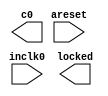
// megafunction wizard: %ALTPLL%VBB%
// GENERATION: STANDARD
// VERSION: WM1.0
// MODULE: altpll 

// ============================================================
// Megafunction Name(s):
// 			altpll
//
// Simulation Library Files(s):
// 			altera_mf
// ============================================================
// ************************************************************
// THIS IS A WIZARD-GENERATED FILE. DO NOT EDIT THIS FILE!
//
// 14.1.1 Build 188 01/07/2015 SJ Full Version
// ************************************************************

//Copyright (C) 1991-2015 Altera Corporation. All rights reserved.
//Your use of Altera Corporation's design tools, logic functions 
//and other software and tools, and its AMPP partner logic 
//functions, and any output files from any of the foregoing 
//(including device programming or simulation files), and any 
//associated documentation or information are expressly subject 
//to the terms and conditions of the Altera Program License 
//Subscription Agreement, the Altera Quartus II License Agreement,
//the Altera MegaCore Function License Agreement, or other 
//applicable license agreement, including, without limitation, 
//that your use is for the sole purpose of programming logic 
//devices manufactured by Altera and sold by Altera or its 
//authorized distributors.  Please refer to the applicable 
//agreement for further details.

module sys_pll (
	areset,
	inclk0,
	c0,
	locked);

	input	  areset;
	input	  inclk0;
	output	  c0;
	output	  locked;
`ifndef ALTERA_RESERVED_QIS
// synopsys translate_off
`endif
	tri0	  areset;
`ifndef ALTERA_RESERVED_QIS
// synopsys translate_on
`endif

endmodule

// ============================================================
// CNX file retrieval info
// ============================================================
// Retrieval info: PRIVATE: ACTIVECLK_CHECK STRING "0"
// Retrieval info: PRIVATE: BANDWIDTH STRING "1.000"
// Retrieval info: PRIVATE: BANDWIDTH_FEATURE_ENABLED STRING "1"
// Retrieval info: PRIVATE: BANDWIDTH_FREQ_UNIT STRING "MHz"
// Retrieval info: PRIVATE: BANDWIDTH_PRESET STRING "Low"
// Retrieval info: PRIVATE: BANDWIDTH_USE_AUTO STRING "1"
// Retrieval info: PRIVATE: BANDWIDTH_USE_PRESET STRING "0"
// Retrieval info: PRIVATE: CLKBAD_SWITCHOVER_CHECK STRING "0"
// Retrieval info: PRIVATE: CLKLOSS_CHECK STRING "0"
// Retrieval info: PRIVATE: CLKSWITCH_CHECK STRING "0"
// Retrieval info: PRIVATE: CNX_NO_COMPENSATE_RADIO STRING "0"
// Retrieval info: PRIVATE: CREATE_CLKBAD_CHECK STRING "0"
// Retrieval info: PRIVATE: CREATE_INCLK1_CHECK STRING "0"
// Retrieval info: PRIVATE: CUR_DEDICATED_CLK STRING "c0"
// Retrieval info: PRIVATE: CUR_FBIN_CLK STRING "c0"
// Retrieval info: PRIVATE: DEVICE_SPEED_GRADE STRING "Any"
// Retrieval info: PRIVATE: DIV_FACTOR0 NUMERIC "1"
// Retrieval info: PRIVATE: DUTY_CYCLE0 STRING "50.00000000"
// Retrieval info: PRIVATE: EFF_OUTPUT_FREQ_VALUE0 STRING "1.536000"
// Retrieval info: PRIVATE: EXPLICIT_SWITCHOVER_COUNTER STRING "0"
// Retrieval info: PRIVATE: EXT_FEEDBACK_RADIO STRING "0"
// Retrieval info: PRIVATE: GLOCKED_COUNTER_EDIT_CHANGED STRING "1"
// Retrieval info: PRIVATE: GLOCKED_FEATURE_ENABLED STRING "0"
// Retrieval info: PRIVATE: GLOCKED_MODE_CHECK STRING "0"
// Retrieval info: PRIVATE: GLOCK_COUNTER_EDIT NUMERIC "1048575"
// Retrieval info: PRIVATE: HAS_MANUAL_SWITCHOVER STRING "1"
// Retrieval info: PRIVATE: INCLK0_FREQ_EDIT STRING "50.000"
// Retrieval info: PRIVATE: INCLK0_FREQ_UNIT_COMBO STRING "MHz"
// Retrieval info: PRIVATE: INCLK1_FREQ_EDIT STRING "100.000"
// Retrieval info: PRIVATE: INCLK1_FREQ_EDIT_CHANGED STRING "1"
// Retrieval info: PRIVATE: INCLK1_FREQ_UNIT_CHANGED STRING "1"
// Retrieval info: PRIVATE: INCLK1_FREQ_UNIT_COMBO STRING "MHz"
// Retrieval info: PRIVATE: INTENDED_DEVICE_FAMILY STRING "MAX 10"
// Retrieval info: PRIVATE: INT_FEEDBACK__MODE_RADIO STRING "1"
// Retrieval info: PRIVATE: LOCKED_OUTPUT_CHECK STRING "1"
// Retrieval info: PRIVATE: LONG_SCAN_RADIO STRING "1"
// Retrieval info: PRIVATE: LVDS_MODE_DATA_RATE STRING "Not Available"
// Retrieval info: PRIVATE: LVDS_MODE_DATA_RATE_DIRTY NUMERIC "0"
// Retrieval info: PRIVATE: LVDS_PHASE_SHIFT_UNIT0 STRING "deg"
// Retrieval info: PRIVATE: MIG_DEVICE_SPEED_GRADE STRING "Any"
// Retrieval info: PRIVATE: MIRROR_CLK0 STRING "0"
// Retrieval info: PRIVATE: MULT_FACTOR0 NUMERIC "1"
// Retrieval info: PRIVATE: NORMAL_MODE_RADIO STRING "1"
// Retrieval info: PRIVATE: OUTPUT_FREQ0 STRING "1.53600000"
// Retrieval info: PRIVATE: OUTPUT_FREQ_MODE0 STRING "1"
// Retrieval info: PRIVATE: OUTPUT_FREQ_UNIT0 STRING "MHz"
// Retrieval info: PRIVATE: PHASE_RECONFIG_FEATURE_ENABLED STRING "1"
// Retrieval info: PRIVATE: PHASE_RECONFIG_INPUTS_CHECK STRING "0"
// Retrieval info: PRIVATE: PHASE_SHIFT0 STRING "0.00000000"
// Retrieval info: PRIVATE: PHASE_SHIFT_STEP_ENABLED_CHECK STRING "0"
// Retrieval info: PRIVATE: PHASE_SHIFT_UNIT0 STRING "deg"
// Retrieval info: PRIVATE: PLL_ADVANCED_PARAM_CHECK STRING "0"
// Retrieval info: PRIVATE: PLL_ARESET_CHECK STRING "1"
// Retrieval info: PRIVATE: PLL_AUTOPLL_CHECK NUMERIC "1"
// Retrieval info: PRIVATE: PLL_ENHPLL_CHECK NUMERIC "0"
// Retrieval info: PRIVATE: PLL_FASTPLL_CHECK NUMERIC "0"
// Retrieval info: PRIVATE: PLL_FBMIMIC_CHECK STRING "0"
// Retrieval info: PRIVATE: PLL_LVDS_PLL_CHECK NUMERIC "0"
// Retrieval info: PRIVATE: PLL_PFDENA_CHECK STRING "0"
// Retrieval info: PRIVATE: PLL_TARGET_HARCOPY_CHECK NUMERIC "0"
// Retrieval info: PRIVATE: PRIMARY_CLK_COMBO STRING "inclk0"
// Retrieval info: PRIVATE: RECONFIG_FILE STRING "sys_pll.mif"
// Retrieval info: PRIVATE: SACN_INPUTS_CHECK STRING "0"
// Retrieval info: PRIVATE: SCAN_FEATURE_ENABLED STRING "1"
// Retrieval info: PRIVATE: SELF_RESET_LOCK_LOSS STRING "0"
// Retrieval info: PRIVATE: SHORT_SCAN_RADIO STRING "0"
// Retrieval info: PRIVATE: SPREAD_FEATURE_ENABLED STRING "0"
// Retrieval info: PRIVATE: SPREAD_FREQ STRING "50.000"
// Retrieval info: PRIVATE: SPREAD_FREQ_UNIT STRING "KHz"
// Retrieval info: PRIVATE: SPREAD_PERCENT STRING "0.500"
// Retrieval info: PRIVATE: SPREAD_USE STRING "0"
// Retrieval info: PRIVATE: SRC_SYNCH_COMP_RADIO STRING "0"
// Retrieval info: PRIVATE: STICKY_CLK0 STRING "1"
// Retrieval info: PRIVATE: SWITCHOVER_COUNT_EDIT NUMERIC "1"
// Retrieval info: PRIVATE: SWITCHOVER_FEATURE_ENABLED STRING "1"
// Retrieval info: PRIVATE: SYNTH_WRAPPER_GEN_POSTFIX STRING "0"
// Retrieval info: PRIVATE: USE_CLK0 STRING "1"
// Retrieval info: PRIVATE: USE_CLKENA0 STRING "0"
// Retrieval info: PRIVATE: USE_MIL_SPEED_GRADE NUMERIC "0"
// Retrieval info: PRIVATE: ZERO_DELAY_RADIO STRING "0"
// Retrieval info: LIBRARY: altera_mf altera_mf.altera_mf_components.all
// Retrieval info: CONSTANT: BANDWIDTH_TYPE STRING "AUTO"
// Retrieval info: CONSTANT: CLK0_DIVIDE_BY NUMERIC "3125"
// Retrieval info: CONSTANT: CLK0_DUTY_CYCLE NUMERIC "50"
// Retrieval info: CONSTANT: CLK0_MULTIPLY_BY NUMERIC "96"
// Retrieval info: CONSTANT: CLK0_PHASE_SHIFT STRING "0"
// Retrieval info: CONSTANT: COMPENSATE_CLOCK STRING "CLK0"
// Retrieval info: CONSTANT: INCLK0_INPUT_FREQUENCY NUMERIC "20000"
// Retrieval info: CONSTANT: INTENDED_DEVICE_FAMILY STRING "MAX 10"
// Retrieval info: CONSTANT: LPM_TYPE STRING "altpll"
// Retrieval info: CONSTANT: OPERATION_MODE STRING "NORMAL"
// Retrieval info: CONSTANT: PLL_TYPE STRING "AUTO"
// Retrieval info: CONSTANT: PORT_ACTIVECLOCK STRING "PORT_UNUSED"
// Retrieval info: CONSTANT: PORT_ARESET STRING "PORT_USED"
// Retrieval info: CONSTANT: PORT_CLKBAD0 STRING "PORT_UNUSED"
// Retrieval info: CONSTANT: PORT_CLKBAD1 STRING "PORT_UNUSED"
// Retrieval info: CONSTANT: PORT_CLKLOSS STRING "PORT_UNUSED"
// Retrieval info: CONSTANT: PORT_CLKSWITCH STRING "PORT_UNUSED"
// Retrieval info: CONSTANT: PORT_CONFIGUPDATE STRING "PORT_UNUSED"
// Retrieval info: CONSTANT: PORT_FBIN STRING "PORT_UNUSED"
// Retrieval info: CONSTANT: PORT_INCLK0 STRING "PORT_USED"
// Retrieval info: CONSTANT: PORT_INCLK1 STRING "PORT_UNUSED"
// Retrieval info: CONSTANT: PORT_LOCKED STRING "PORT_USED"
// Retrieval info: CONSTANT: PORT_PFDENA STRING "PORT_UNUSED"
// Retrieval info: CONSTANT: PORT_PHASECOUNTERSELECT STRING "PORT_UNUSED"
// Retrieval info: CONSTANT: PORT_PHASEDONE STRING "PORT_UNUSED"
// Retrieval info: CONSTANT: PORT_PHASESTEP STRING "PORT_UNUSED"
// Retrieval info: CONSTANT: PORT_PHASEUPDOWN STRING "PORT_UNUSED"
// Retrieval info: CONSTANT: PORT_PLLENA STRING "PORT_UNUSED"
// Retrieval info: CONSTANT: PORT_SCANACLR STRING "PORT_UNUSED"
// Retrieval info: CONSTANT: PORT_SCANCLK STRING "PORT_UNUSED"
// Retrieval info: CONSTANT: PORT_SCANCLKENA STRING "PORT_UNUSED"
// Retrieval info: CONSTANT: PORT_SCANDATA STRING "PORT_UNUSED"
// Retrieval info: CONSTANT: PORT_SCANDATAOUT STRING "PORT_UNUSED"
// Retrieval info: CONSTANT: PORT_SCANDONE STRING "PORT_UNUSED"
// Retrieval info: CONSTANT: PORT_SCANREAD STRING "PORT_UNUSED"
// Retrieval info: CONSTANT: PORT_SCANWRITE STRING "PORT_UNUSED"
// Retrieval info: CONSTANT: PORT_clk0 STRING "PORT_USED"
// Retrieval info: CONSTANT: PORT_clk1 STRING "PORT_UNUSED"
// Retrieval info: CONSTANT: PORT_clk2 STRING "PORT_UNUSED"
// Retrieval info: CONSTANT: PORT_clk3 STRING "PORT_UNUSED"
// Retrieval info: CONSTANT: PORT_clk4 STRING "PORT_UNUSED"
// Retrieval info: CONSTANT: PORT_clk5 STRING "PORT_UNUSED"
// Retrieval info: CONSTANT: PORT_clkena0 STRING "PORT_UNUSED"
// Retrieval info: CONSTANT: PORT_clkena1 STRING "PORT_UNUSED"
// Retrieval info: CONSTANT: PORT_clkena2 STRING "PORT_UNUSED"
// Retrieval info: CONSTANT: PORT_clkena3 STRING "PORT_UNUSED"
// Retrieval info: CONSTANT: PORT_clkena4 STRING "PORT_UNUSED"
// Retrieval info: CONSTANT: PORT_clkena5 STRING "PORT_UNUSED"
// Retrieval info: CONSTANT: PORT_extclk0 STRING "PORT_UNUSED"
// Retrieval info: CONSTANT: PORT_extclk1 STRING "PORT_UNUSED"
// Retrieval info: CONSTANT: PORT_extclk2 STRING "PORT_UNUSED"
// Retrieval info: CONSTANT: PORT_extclk3 STRING "PORT_UNUSED"
// Retrieval info: CONSTANT: SELF_RESET_ON_LOSS_LOCK STRING "OFF"
// Retrieval info: CONSTANT: WIDTH_CLOCK NUMERIC "5"
// Retrieval info: USED_PORT: @clk 0 0 5 0 OUTPUT_CLK_EXT VCC "@clk[4..0]"
// Retrieval info: USED_PORT: areset 0 0 0 0 INPUT GND "areset"
// Retrieval info: USED_PORT: c0 0 0 0 0 OUTPUT_CLK_EXT VCC "c0"
// Retrieval info: USED_PORT: inclk0 0 0 0 0 INPUT_CLK_EXT GND "inclk0"
// Retrieval info: USED_PORT: locked 0 0 0 0 OUTPUT GND "locked"
// Retrieval info: CONNECT: @areset 0 0 0 0 areset 0 0 0 0
// Retrieval info: CONNECT: @inclk 0 0 1 1 GND 0 0 0 0
// Retrieval info: CONNECT: @inclk 0 0 1 0 inclk0 0 0 0 0
// Retrieval info: CONNECT: c0 0 0 0 0 @clk 0 0 1 0
// Retrieval info: CONNECT: locked 0 0 0 0 @locked 0 0 0 0
// Retrieval info: GEN_FILE: TYPE_NORMAL sys_pll.v TRUE
// Retrieval info: GEN_FILE: TYPE_NORMAL sys_pll.ppf TRUE
// Retrieval info: GEN_FILE: TYPE_NORMAL sys_pll.inc FALSE
// Retrieval info: GEN_FILE: TYPE_NORMAL sys_pll.cmp FALSE
// Retrieval info: GEN_FILE: TYPE_NORMAL sys_pll.bsf FALSE
// Retrieval info: GEN_FILE: TYPE_NORMAL sys_pll_inst.v FALSE
// Retrieval info: GEN_FILE: TYPE_NORMAL sys_pll_bb.v TRUE
// Retrieval info: LIB_FILE: altera_mf
// Retrieval info: CBX_MODULE_PREFIX: ON